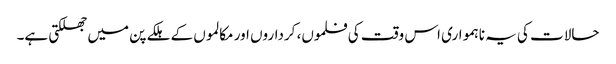
حالات کی یہ ناہمواری اس وقت کی فلموں، کرداروں اور مکالموں کے ہلکے پن میں جھلکتی ہے۔